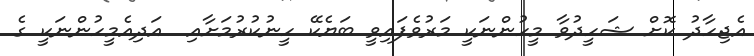
އެޖިހާދު ކޮށް ޝަހީދުވާ މީހުންނަކީ މަރުވެފައިވީ ބަޔެކޭ ހީނުކުރުމަށާއި  އަދިއެމީހުންނަކީ ގެ